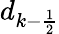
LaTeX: d_{k-\frac{1}{2}}